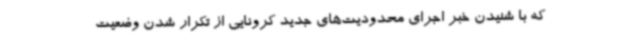
که با شنیدن خبر اجرای محدودیت‌های جدید کرونایی از تکرار شدن وضعیت